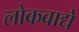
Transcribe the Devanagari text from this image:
लोकवाद्ये